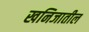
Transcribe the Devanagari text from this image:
खनिजातील